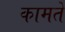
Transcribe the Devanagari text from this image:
कामते